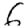
Digit: 6